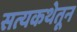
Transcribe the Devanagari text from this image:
सत्यकथेतून